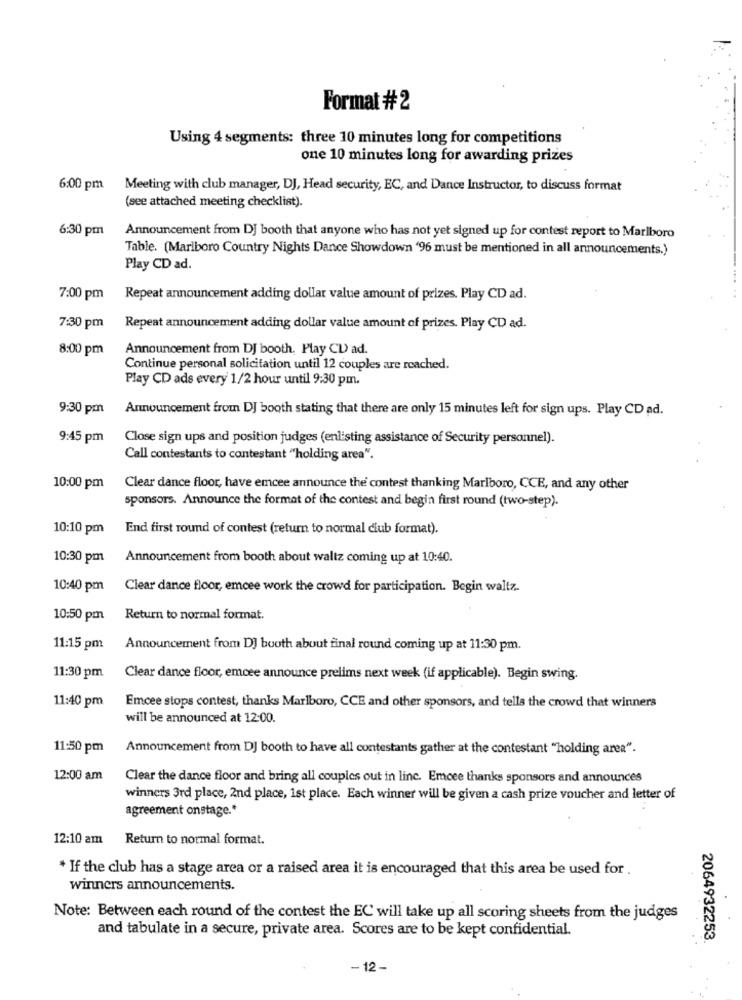
Format # 2
Using 4 segments: three 10 minutes long for competitions
one 10 minutes long for awarding prizes
6:00 pm
Meeting with club manager, DJ, Head security, EC, and Dance Instructor, to discuss format
(see attached meeting checklist).
6:30 pm
Announcement from DJ booth that anyone who has not yet signed up for contest report to Marlboro
Table. (Marlboro Country Nights Dance Showdown '96 must be mentioned in all announcements.)
Play CD ad.
7:00 pm Repeat announcement adding dollar value amount of prizes. Play CD ad.
7:30 pm Repeat announcement adding dollar value amount of prizes. Play CD ad.
8:00 pm
Announcement from DJ booth. Play CD ad.
Continue personal solicitation until 12 couples are reached.
Play CD ads every 1/2 hour until 9:30 pm.
9:30 pm
Announcement from DJ booth stating that there are only 15 minutes left for sign ups. Play CD ad.
9:45 pm
Close sign ups and position judges (enlisting assistance of Security personnel).
Call contestants to contestant "holding area".
10:00 pm
Clear dance floor, have emcee announce the contest thanking Marlboro, CCE, and any other
sponsors. Announce the format of the contest and begin first round (two-step).
10:10 pm
End first round of contest (return to normal club format).
10:30 pm
Announcement from booth about waltz coming up at 10:40.
10:40 pm
Clear dance floor, emcee work the crowd for participation. Begin waltz.
10:50 pm
Return to normal format.
11:15 pm
Announcement from DJ booth about final round coming up at 11:30 pm.
11:30 pm
Clear dance floor, emcee announce prelims next week (if applicable). Begin swing.
11:40 pm
Emcee stops contest, thanks Marlboro, CCE and other sponsors, and tells the crowd that winners
will be announced at 12:00.
11:50 pm
Announcement from DJ booth to have all contestants gather at the contestant "holding area".
12:00 am
Clear the dance floor and bring all couples out in line. Emcee thanks sponsors and announces
winners 3rd place, 2nd place, ist place. Each winner will be given a cash prize voucher and letter of
agreement onstage .*
12:10 am
Return to normal format.
* If the club has a stage area or a raised area it is encouraged that this area be used for.
winners announcements.
Note: Between each round of the contest the EC will take up all scoring sheets from the judges
and tabulate in a secure, private area. Scores are to be kept confidential.
2064932253.
-12-